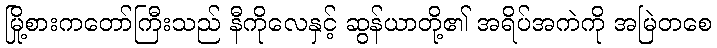
မြို့စားကတော်ကြီးသည် နီကိုလေနှင့် ဆွန်ယာတို့၏ အရိပ်အကဲကို အမြဲတစေ